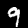
Digit: 9